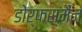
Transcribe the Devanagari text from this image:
डोर्फस्मैन